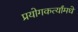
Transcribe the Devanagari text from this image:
प्रयोगकर्त्यांमधे